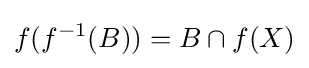
f(f^{-1}(B))=B\cap f(X)